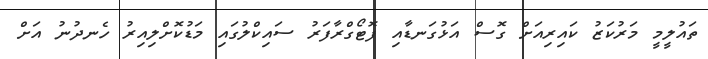
ތައުލީމީ މަރުކަޒު ކައިރިއަށް ގޮސް އަޅުގަނޑާއި ފޮޓޯގްރާފަރު ސައިކްލުގައި މަޑުކޮށްލިއިރު ހެނދުނު އަށް